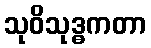
သုဝိသုဒ္ဓကတာ